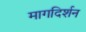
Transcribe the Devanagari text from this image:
मागदिर्शन